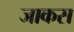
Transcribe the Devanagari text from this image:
जाकस